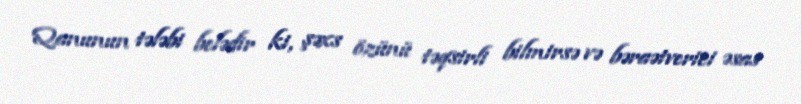
Qanunun tələbi belədir ki, şəxs özünü təqsirli bilmirsə və bəraətverici əsas